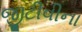
જીટીવીના